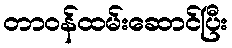
တာဝန်ထမ်းဆောင်ပြီး